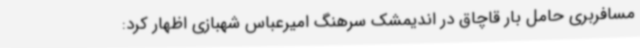
مسافربری حامل بار قاچاق در اندیمشک سرهنگ امیرعباس شهبازی اظهار کرد: